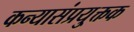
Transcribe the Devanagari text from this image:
कन्यासंप्रयु्क्तक